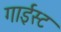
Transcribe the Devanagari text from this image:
गाईस्ट